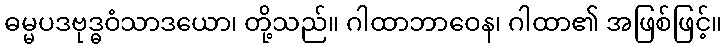
ဓမ္မပဒဗုဒ္ဓဝံသာဒယော၊ တို့သည်။ ဂါထာဘာဝေန၊ ဂါထာ၏ အဖြစ်ဖြင့်။